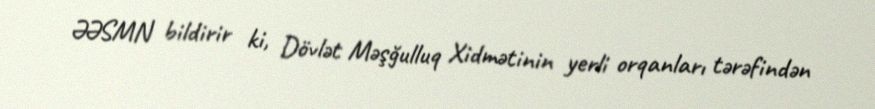
ƏƏSMN bildirir ki, Dövlət Məşğulluq Xidmətinin yerli orqanları tərəfindən